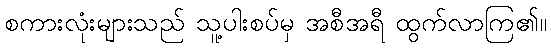
စကားလုံးများသည် သူ့ပါးစပ်မှ အစီအရီ ထွက်လာကြ၏။